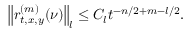
\left\| r _ { t , x , y } ^ { ( m ) } ( \nu ) \right\| _ { l } \le C _ { l } t ^ { - n / 2 + m - l / 2 } .